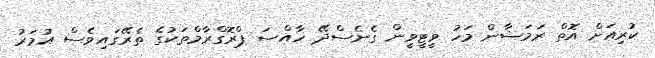
ކުރިއަށް އޮތް ރަމަޟާން މަހު ވީޓީވީން ގެނެސްދޭ ހާއްސަ ޕްރޮގްރާމްތަކުގެ ތެރޭގައިވެސް އުމަރު